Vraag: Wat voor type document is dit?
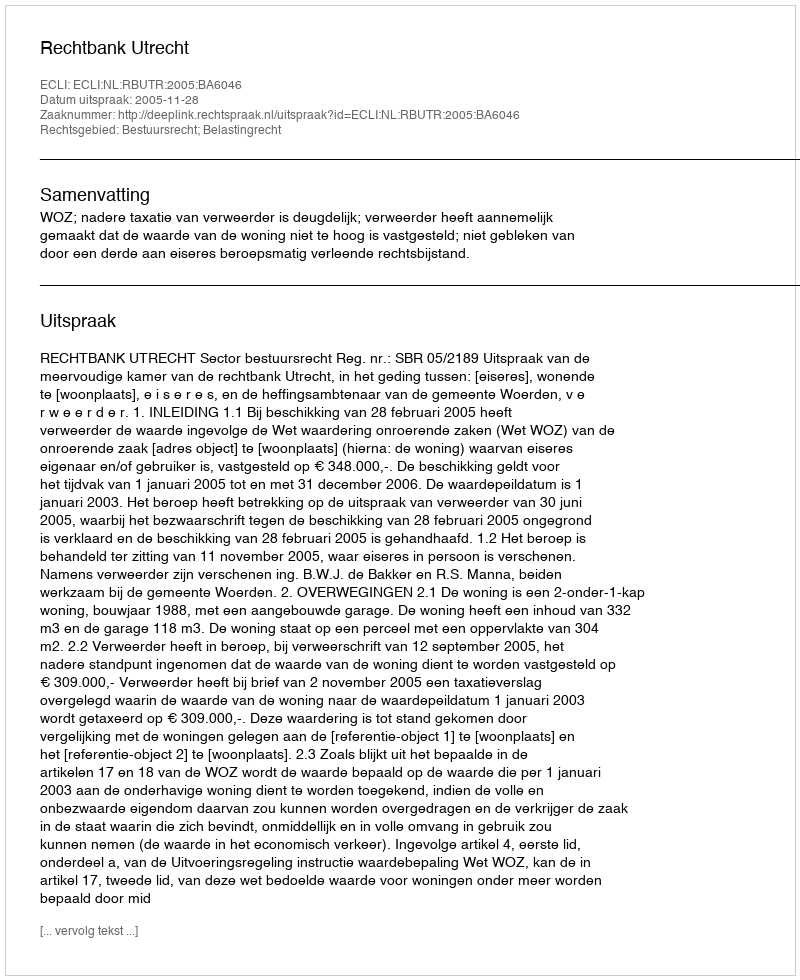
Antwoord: Uitspraak